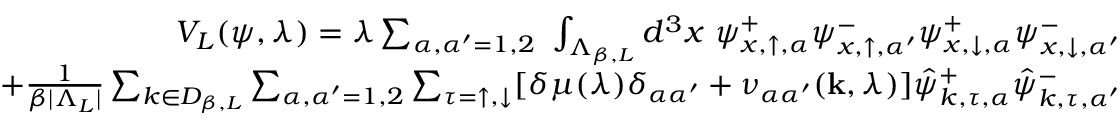
\begin{array} { r l r } & { } & { { \cal V } _ { L } ( \psi , \lambda ) = \lambda \sum _ { \alpha , \alpha ^ { \prime } = 1 , 2 } \ \int _ { \Lambda _ { \beta , L } } d ^ { 3 } x \ \psi _ { x , \uparrow , \alpha } ^ { + } \psi _ { x , \uparrow , \alpha ^ { \prime } } ^ { - } \psi _ { x , \downarrow , \alpha } ^ { + } \psi _ { x , \downarrow , \alpha ^ { \prime } } ^ { - } } \\ & { } & { \quad \quad + \frac { 1 } { \beta | \Lambda _ { L } | } \sum _ { k \in { \cal D } _ { \beta , L } } \sum _ { \alpha , \alpha ^ { \prime } = 1 , 2 } \sum _ { \tau = \uparrow , \downarrow } [ \delta \mu ( \lambda ) \delta _ { \alpha \alpha ^ { \prime } } + \nu _ { \alpha \alpha ^ { \prime } } ( { \bf k } , \lambda ) ] \hat { \psi } _ { k , \tau , \alpha } ^ { + } \hat { \psi } _ { k , \tau , \alpha ^ { \prime } } ^ { - } } \end{array}